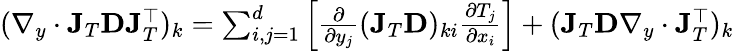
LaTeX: \begin{array}{r}{(\nabla_{y}\cdot\mathbf{J}_{T}\mathbf{D}\mathbf{J}_{T}^{\top})_{k}=\sum_{i,j=1}^{d}\left[\frac{\partial}{\partial y_{j}}(\mathbf{J}_{T}\mathbf{D})_{ki}\frac{\partial T_{j}}{\partial x_{i}}\right]+(\mathbf{J}_{T}\mathbf{D}\nabla_{y}\cdot\mathbf{J}_{T}^{\top})_{k}}\end{array}